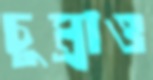
চুম্‌রাও